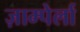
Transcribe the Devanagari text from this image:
ज़ाम्पेर्ला